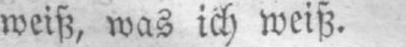
weiß, was ich weiß.